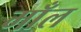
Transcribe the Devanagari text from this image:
माँल